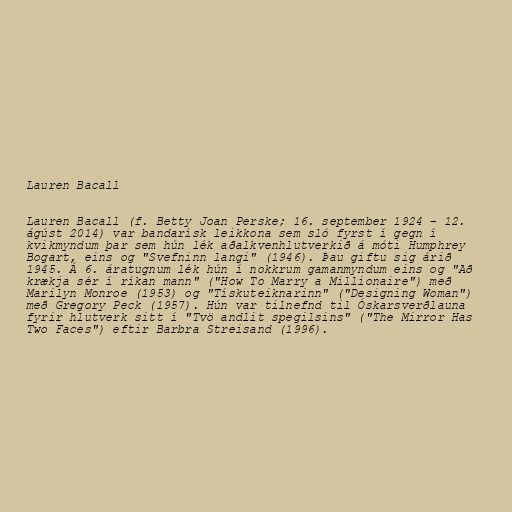
Lauren Bacall

Lauren Bacall (f. Betty Joan Perske; 16. september 1924 – 12.
ágúst 2014) var bandarísk leikkona sem sló fyrst í gegn í
kvikmyndum þar sem hún lék aðalkvenhlutverkið á móti Humphrey
Bogart, eins og "Svefninn langi" (1946). Þau giftu sig árið
1945. Á 6. áratugnum lék hún í nokkrum gamanmyndum eins og "Að
krækja sér í ríkan mann" ("How To Marry a Millionaire") með
Marilyn Monroe (1953) og "Tískuteiknarinn" ("Designing Woman")
með Gregory Peck (1957). Hún var tilnefnd til Óskarsverðlauna
fyrir hlutverk sitt í "Tvö andlit spegilsins" ("The Mirror Has
Two Faces") eftir Barbra Streisand (1996).